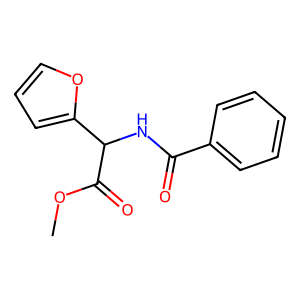
SMILES: COC(=O)C(NC(=O)c1ccccc1)c1ccco1
Inhibits HIV replication: No